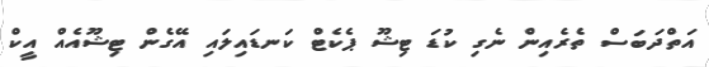
އަތްދަބަސް ތެރެއިން ނެގި ކުޑަ ޓިޝޫ ޕެކެޓް ކަނޑައިލައި އޭގެން ޓިޝޫއެއް އީކް